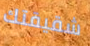
شقيقتك